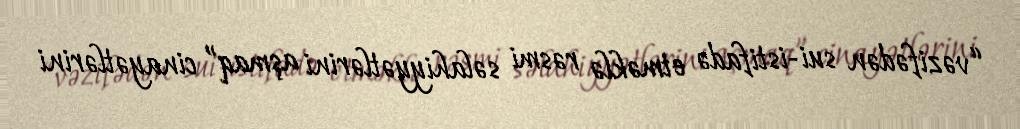
“vəzifədən sui-istifadə etməklə rəsmi səlahiyyətlərini aşmaq” cinayətlərini